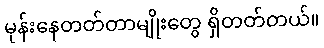
မုန်းနေတတ်တာမျိုးတွေ ရှိတတ်တယ်။